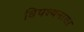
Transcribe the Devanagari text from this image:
विपश्यनाचा